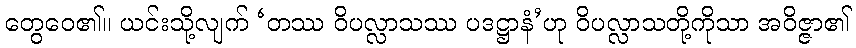
တွေဝေ၏။ ယင်းသို့လျက် ‘တဿ ဝိပလ္လာသဿ ပဒဋ္ဌာနံ’ဟု ဝိပလ္လာသတို့ကိုသာ အဝိဇ္ဇာ၏